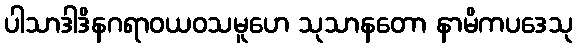
ပါသာဒါဒိနဂရာဝယဝသမူဟေ သုသာနတော နာမိကပဒေသု